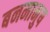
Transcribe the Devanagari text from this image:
बनमानुष